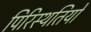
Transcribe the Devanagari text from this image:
पिरिस्थतियों